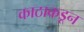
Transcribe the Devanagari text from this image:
काठाकडून